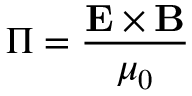
\Pi = \frac { \mathbf { E } \times \mathbf { B } } { \mu _ { 0 } }